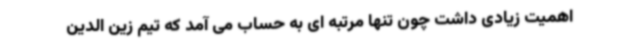
اهمیت زیادی داشت چون تنها مرتبه ای به حساب می آمد که تیم زین الدین